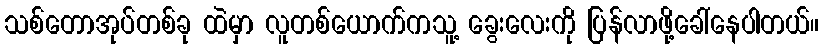
သစ်တောအုပ်တစ်ခု ထဲမှာ လူတစ်ယောက်ကသူ့ ခွေးလေးကို ပြန်လာဖို့ခေါ်နေပါတယ်။